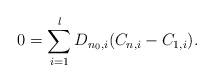
LaTeX: \begin{align*} 0=\sum_{i=1}^l D_{n_0,i}(C_{n,i}-C_{1,i}).\end{align*}